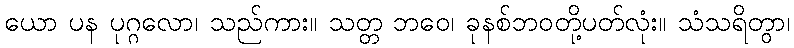
ယော ပန ပုဂ္ဂလော၊ သည်ကား။ သတ္တ ဘဝေ၊ ခုနစ်ဘဝတို့ပတ်လုံး။ သံသရိတွာ၊